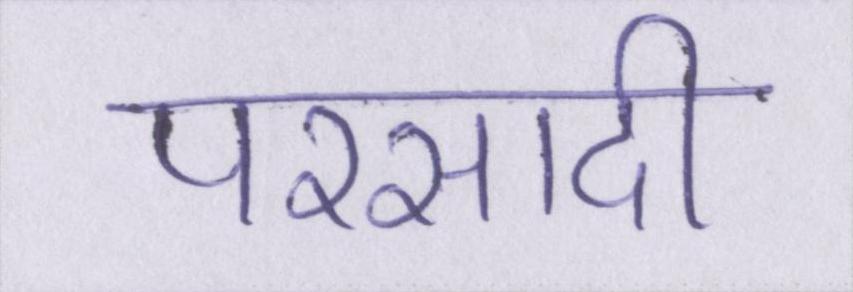
परसादी